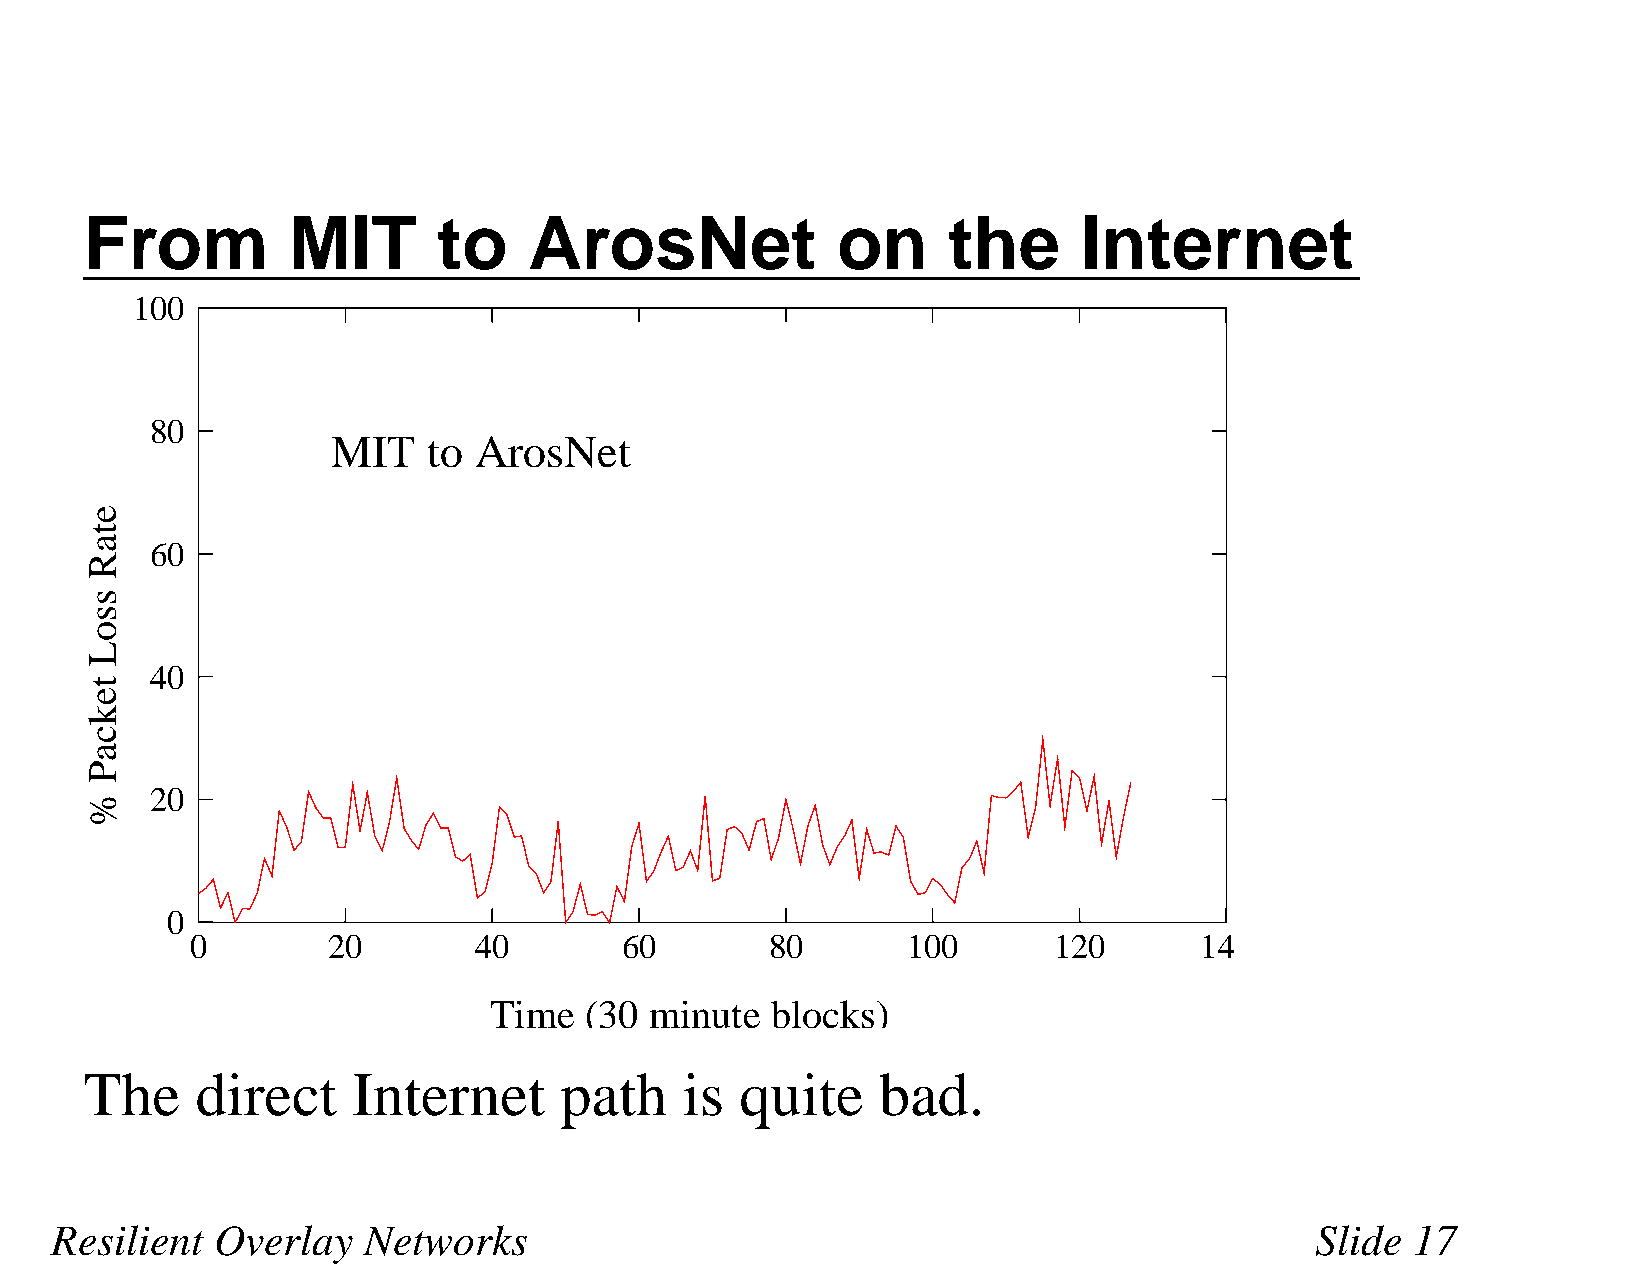
From         MIT       to    ArosNet             on      the      Internet
 100
 80
 MIT   to ArosNet
 60
 40
 20
 0
 0        20       40        60        80       100       120      14
 Time   (30 minute  blocks)
 The    direct    Internet      path    is  quite    bad.
 Resilient  Overlay   Networks                                                       Slide  17
 etaR
 ssoL
 tekcaP
 %